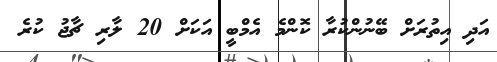
އަދި އިތުރަށް ބޭނުންކުރާ ކޮންމެ އެމްބީ އަކަށް 20 ލާރި ޗާޖު ކުރެ